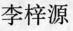
李梓源